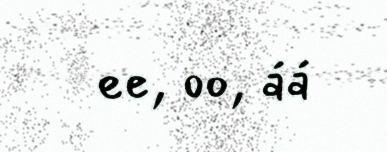
ee, oo, áá